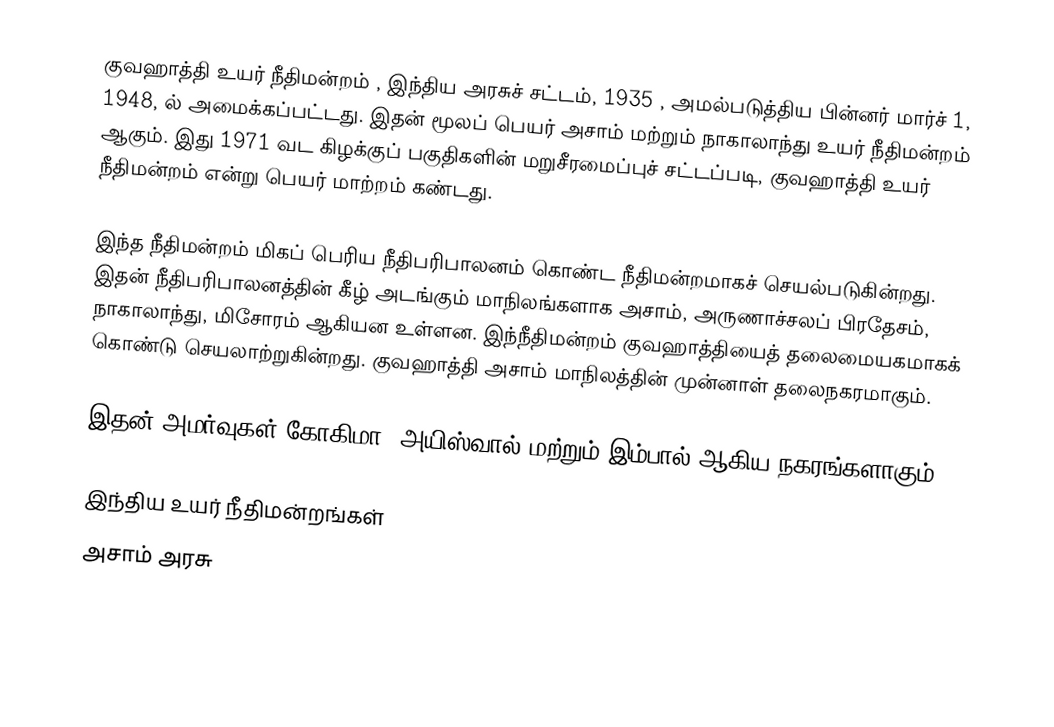
குவஹாத்தி உயர் நீதிமன்றம் , இந்திய அரசுச் சட்டம், 1935 , அமல்படுத்திய பின்னர் மார்ச் 1, 1948, ல் அமைக்கப்பட்டது. இதன் மூலப் பெயர் அசாம் மற்றும் நாகாலாந்து உயர் நீதிமன்றம் ஆகும். இது 1971 வட கிழக்குப் பகுதிகளின் மறுசீரமைப்புச் சட்டப்படி, குவஹாத்தி உயர் நீதிமன்றம் என்று பெயர் மாற்றம் கண்டது.

இந்த நீதிமன்றம் மிகப் பெரிய நீதிபரிபாலனம் கொண்ட நீதிமன்றமாகச் செயல்படுகின்றது. இதன் நீதிபரிபாலனத்தின் கீழ் அடங்கும் மாநிலங்களாக அசாம், அருணாச்சலப் பிரதேசம்,   நாகாலாந்து, மிசோரம் ஆகியன உள்ளன. இந்நீதிமன்றம் குவஹாத்தியைத் தலைமையகமாகக் கொண்டு செயலாற்றுகின்றது. குவஹாத்தி அசாம் மாநிலத்தின் முன்னாள் தலைநகரமாகும்.

இதன் அமர்வுகள் கோகிமா, அயிஸ்வால் மற்றும் இம்பால் ஆகிய நகரங்களாகும்.

இந்திய உயர் நீதிமன்றங்கள்
அசாம் அரசு